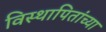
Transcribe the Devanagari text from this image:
विस्थापितांच्या